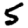
Digit: 5